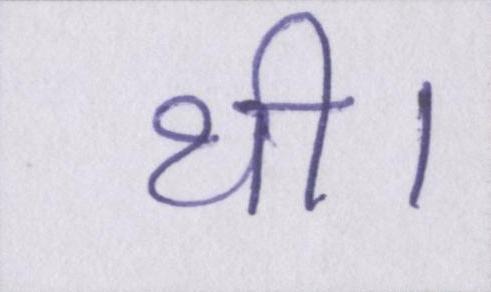
थी।